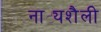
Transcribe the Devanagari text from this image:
नाट्यशैली